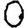
Digit: 0